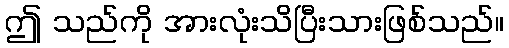
ဤ သည်ကို အားလုံးသိပြီးသားဖြစ်သည်။